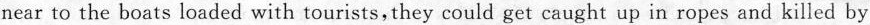
near to the boats loaded with tourists,they could get caught up in ropes and killed by